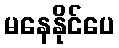
မနေနိုင်ပေ